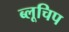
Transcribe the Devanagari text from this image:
ब्लूचिप